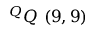
^ { Q } Q \ ( 9 , 9 )